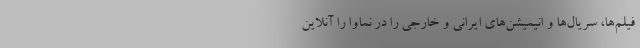
فیلم‌ها، سریال‌ها و انیمیشن‌های ایرانی و خارجی را در نماوا را آنلاین